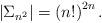
LaTeX: \begin{align*}\left| \Sigma_{n^2} \right| = \left( n! \right)^{2n} .\end{align*}